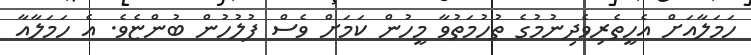
ހަމަލާއަށް އެހީތެރިވެދިނުމުގެ ތުހުމަތުވާ މީހުން ކަމަށް ވެސް ފުލުހުން ބުންޏެވެ. އެ ހަމަލާއާ